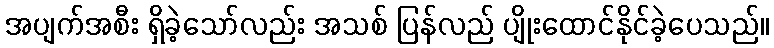
အပျက်အစီး ရှိခဲ့သော်လည်း အသစ် ပြန်လည် ပျိုးထောင်နိုင်ခဲ့ပေသည်။